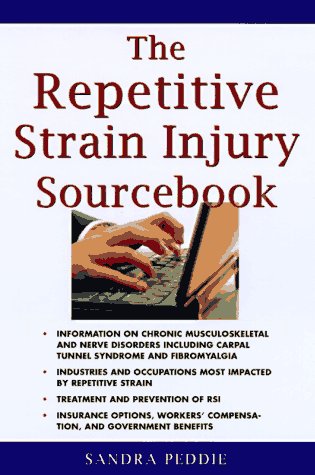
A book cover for The Repetitive Strain Injury Sourcebook; Sandra Peddie; Health, Fitness & Dieting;